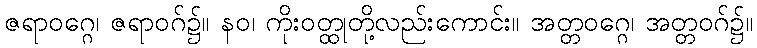
ဇရာဝဂ္ဂေ၊ ဇရာဝဂ်၌။ နဝ၊ ကိုးဝတ္ထုတို့လည်းကောင်း။ အတ္တဝဂ္ဂေ၊ အတ္တဝဂ်၌။